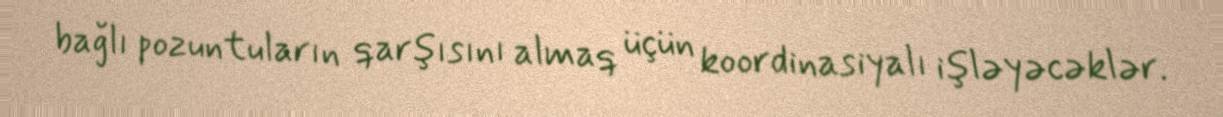
bağlı pozuntuların qarşısını almaq üçün koordinasiyalı işləyəcəklər.